Report on sanitation, dispensaries, and jails in Rajputana for 1912, and on vaccination for the year 1912-1913 - 1912-1913
Year: 1912
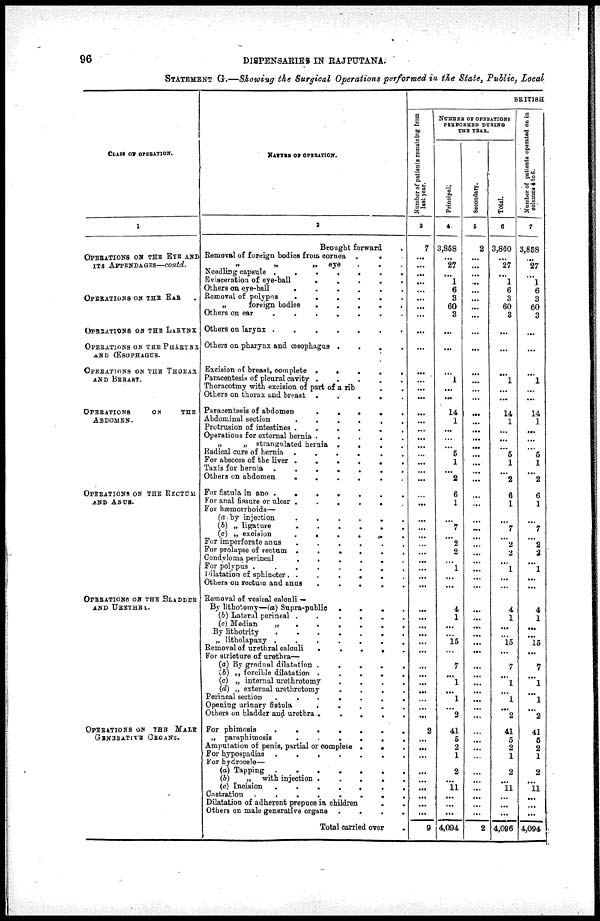
96
DISPENSARIES IN RAJPUTANA.
STATEMENT G.—Showing the Surgical Operations performed in the State, Public, Local
CLASS OF OPERATION.
1
OPERATIONS OF THE EYE AND
ITS APPENDAGES—contd.
OPERATIONS ON THE EAR .
OPERATIONS ON THE LARYNX
OPERATIONS ON THE PHARYNX
AND ŒSOPHAGUS.
OPERATIONS ON THE THORAX
AND BREAST.
OPERATIONS
OF
THE
ABDOMEN.
OPERATIONS ON THE RECTUM
AND ANUS.
OPERATIONS ON THE BLADDER
AND URETHRA.
OPERATIONS ON THE MALE
GENERATIVE ORGANS.
NATURE OF OPERATION.
2
Brought forward .
Removal of foreign bodies from cornea .
. .
„
„
„ eye
.
. .
Needling capsule .
.
.
.
.
.
.
Evisceration of eye-ball
.
.
.
.
.
Others on eye-ball
.
.
.
.
.
.
Removal of polypus
.
.
.
.
.
.
„
foreign bodies
.
.
.
.
.
Others on ear
.
.
.
.
.
Others on larynx .
.
.
.
.
.
.
Others on pharynx and œsophagus .
.
.
.
Excision of breast, complete .
.
.
.
.
Paracentesis of pleural cavity .
.
.
.
.
Thoracotmy with excision of part of a rib . .
Others on thorax and breast .
.
.
.
.
Paracentesis of abdomen
.
.
.
.
.
Abdominal section
.
.
.
.
.
.
Protrusion of intestines .
.
.
.
.
.
Operations for external hernia .
.
.
.
.
„
„ strangulated hernia .
.
.
.
Radical cure of hernia .
.
.
.
.
For abscess of the liver .
.
.
.
.
.
Taxis for hernia .
.
.
.
.
.
.
Others on abdomen
.
.
.
.
. .
For fistula in ano .
.
.
.
.
.
.
For anal fissure or ulcer .
.
.
.
.
.
For hæmorrhoids—
(a) by injection
.
.
.
.
.
.
(b) „ ligature
.
.
.
.
.
.
(c) „ excision
.
.
.
.
. .
For imperforate anus
.
.
.
.
.
.
For prolapse of rectum .
.
.
.
.
.
Condyloma perineal
.
.
.
.
.
.
For polypus .
.
.
.
.
.
.
.
Dilatation of sphincter . .
.
.
.
.
Others on rectum and anus
.
.
.
.
.
Removal of vesical calculi —
By lithotomy—(a) Supra-public
.
.
.
.
(b) Lateral perineal .
.
.
.
.
(c) Median
„
.
.
.
.
.
By lithotrity
.
.
.
.
.
.
.
„ litholapaxy .
.
.
.
.
.
.
Removal of urethral calculi
.
.
.
.
.
For stricture of urethra—
(a) By gradual dilatation .
.
.
.
.
(b) „ forcible dilatation .
.
.
.
.
(c) „ internal urethrotomy
.
.
.
.
(d) „ external urethrotomy
.
.
.
.
Perineal section
.
.
.
.
.
.
.
Opening urinary
fistula
.
.
.
.
.
Others on bladder and urethra .
.
.
.
.
For phimosis
.
.
.
.
.
.
.
„ paraphimosis
.
.
.
.
.
.
Amputation of penis, partial or complete .
. .
For hypospadias .
.
.
.
.
.
.
For hydrocele—
(a) Tapping .
.
.
.
. . .
(b)
„ with injection .
.
.
.
.
(c) Incision
.
.
.
.
.
.
.
Castration
.
.
.
.
.
.
.
Dilatation of adherent prepuce in children
.
.
Others on male generative organs .
.
.
.
Total carried over .
BRITISH
N umber of patients remaining from
last year.
3
7
...
...
...
...
...
...
...
...
...
...
...
...
...
...
...
...
...
...
...
...
...
...
...
...
...
...
...
...
...
...
...
...
...
...
...
...
...
...
...
...
...
...
...
...
...
...
...
2
...
...
...
...
...
...
...
...
...
9
NUMBER OF OPERATIONS
PERFORMED DURING
THE YEAR.
Principal.
4
3,858
...
27
...
1
6
3
60
3
...
...
...
1
...
...
14
1
...
...
...
5
1
...
2
6
1
...
7
...
2
2
...
1
...
...
4
1
...
...
15
...
7
...
1
...
1
...
2
41
5
2
1
2
...
11
...
...
...
4,094
Secondary.
5
2
...
...
...
...
...
...
...
...
...
...
...
...
...
...
...
...
...
...
...
...
...
...
...
...
...
...
...
...
...
...
...
...
...
...
...
...
...
...
...
...
...
...
...
...
...
...
...
...
...
...
...
...
...
...
...
...
...
2
Total.
6
3,860
...
27
...
1
6
3
60
3
...
...
...
1
...
...
14
1
...
...
...
5
1
...
2
6
1
...
7
...
2
2
...
1
...
...
4
1
...
...
15
...
7
...
1
...
1
...
2
41
5
2
1
2
...
11
...
...
...
4,096
Number of patients operated on in
columns
4
to
6
7
3,858
...
27
...
1
6
3
60
3
...
...
...
1
...
...
14
1
...
...
...
5
1
...
2
6
1
...
7
...
2
2
...
1
...
...
4
1
...
...
15
...
7
...
1
...
1
...
2
41
5
2
1
2
...
11
...
...
...
4,094